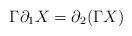
LaTeX: \begin{align*}\Gamma \partial_1 X = \partial_2 (\Gamma X) \end{align*}